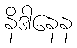
နိဒါနေန